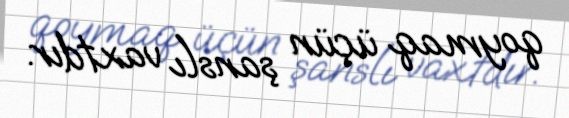
qoymaq üçün şanslı vaxtdır.